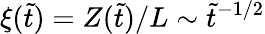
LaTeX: \xi(\tilde{t})=Z(\tilde{t})/L\sim\tilde{t}^{-1/2}